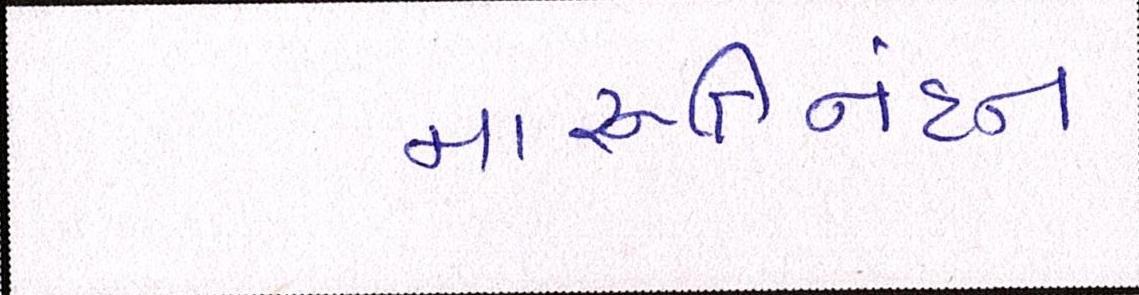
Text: મારૂતિનંદન